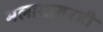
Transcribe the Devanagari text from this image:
मलायावरही